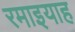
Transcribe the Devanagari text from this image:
रमाइयाह